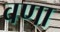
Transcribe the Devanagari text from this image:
वणा